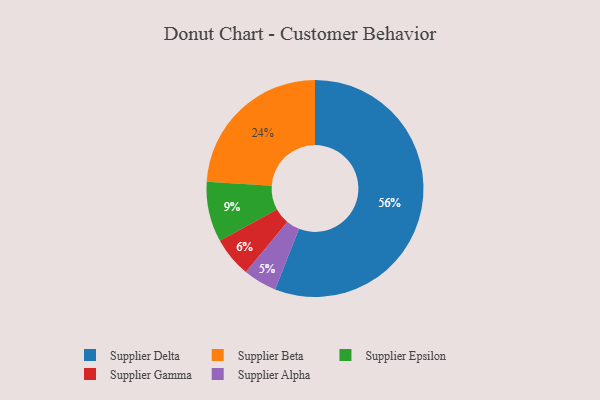
{"axis": {"x": "Category", "y": "Percentage"}, "legend": ["Supplier Alpha", "Supplier Beta", "Supplier Delta", "Supplier Epsilon", "Supplier Gamma"], "data": [{"x": "Supplier Gamma", "y": 6, "type": "Supplier Gamma"}, {"x": "Supplier Epsilon", "y": 9, "type": "Supplier Epsilon"}, {"x": "Supplier Beta", "y": 24, "type": "Supplier Beta"}, {"x": "Supplier Delta", "y": 56, "type": "Supplier Delta"}, {"x": "Supplier Alpha", "y": 5, "type": "Supplier Alpha"}]}